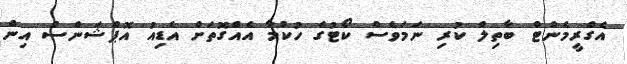
އެގްރީމެންޓް ބާތިލް ކުރި ނަމަވެސް ކޯޓުގެ ހުކުމާ އެއްގޮތަށް އެޑިއު އޮޕްޝަންސް އިން